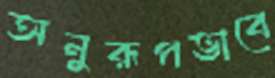
অনুরূপভাবে